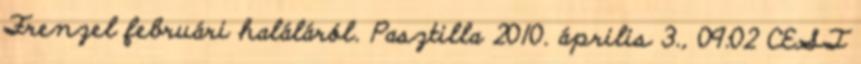
Frenzel februári haláláról. Pasztilla 2010. április 3., 09:02 CEST